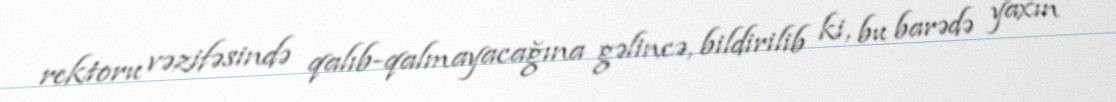
rektoru vəzifəsində qalıb-qalmayacağına gəlincə, bildirilib ki, bu barədə yaxın